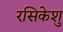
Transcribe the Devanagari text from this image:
रसिकेशु